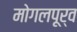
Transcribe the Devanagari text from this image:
मोगलपूर्व